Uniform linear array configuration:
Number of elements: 16
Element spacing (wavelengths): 0.75
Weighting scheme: exponential
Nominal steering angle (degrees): -45
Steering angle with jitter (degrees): -43.756
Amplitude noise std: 0.05
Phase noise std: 0.05

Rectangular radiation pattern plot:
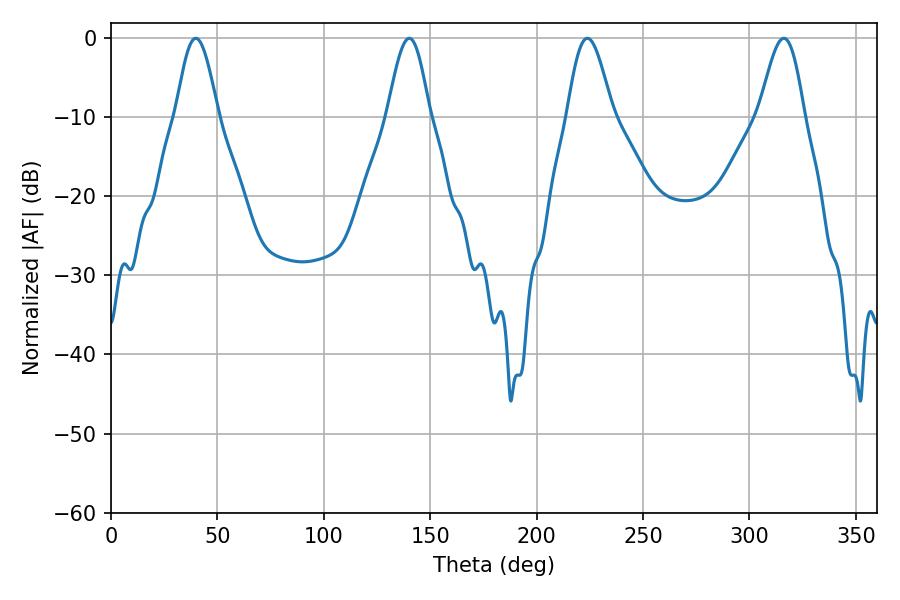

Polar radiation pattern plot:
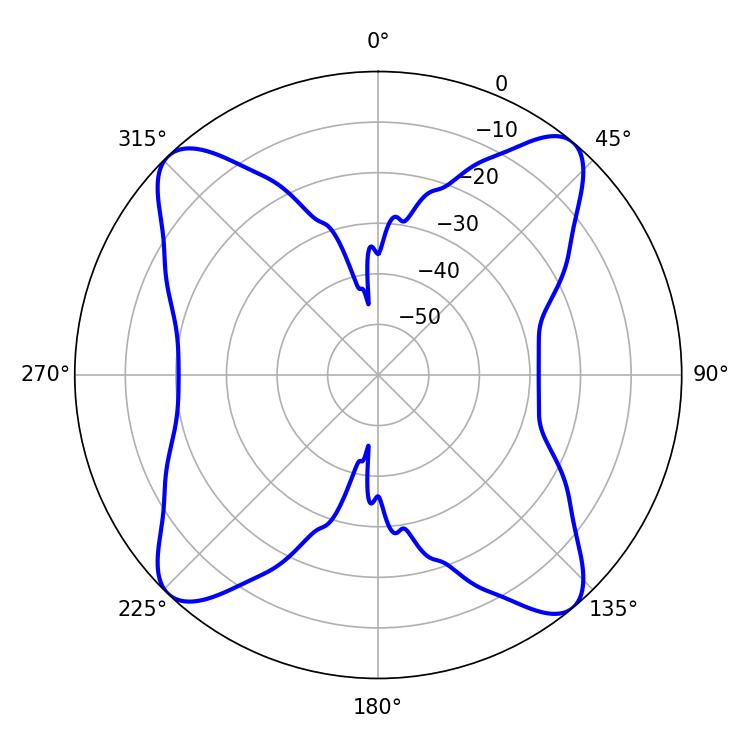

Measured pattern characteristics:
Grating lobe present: TRUE
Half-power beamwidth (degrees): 10.44
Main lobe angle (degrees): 39.78